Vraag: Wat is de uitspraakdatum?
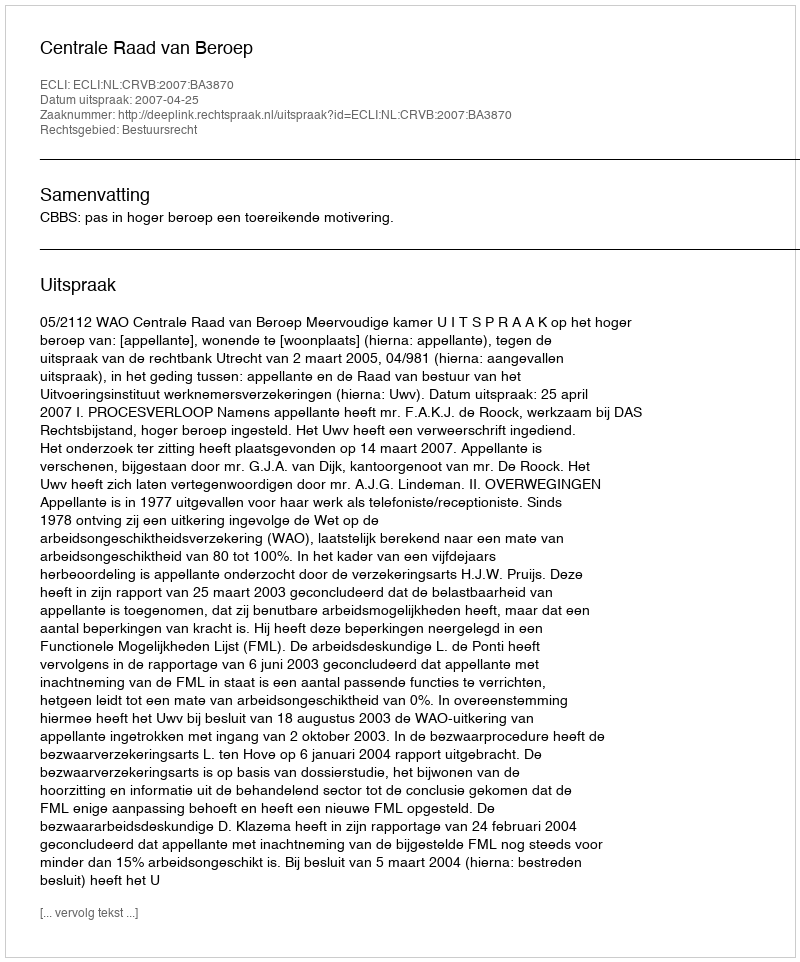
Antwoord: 2007-04-25